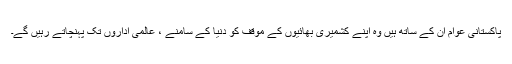
پاکستانی عوام ان کے ساتھ ہیں وہ اپنے کشمیری بھائیوں کے موقف کو دنیا کے سامنے ، عالمی اداروں تک پہنچاتے رہیں گے۔